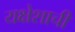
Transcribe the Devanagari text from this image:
यक्षेशाची